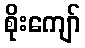
စိုးကျော်